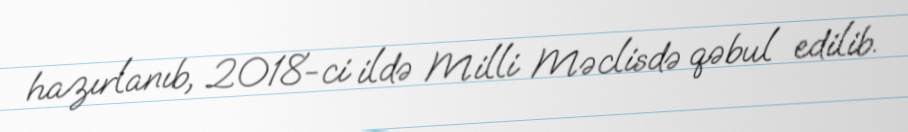
hazırlanıb, 2018-ci ildə Milli Məclisdə qəbul edilib.